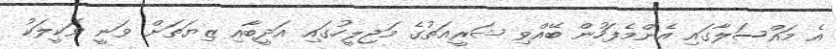
އެ މައްސަލާގައި އެންމެފަހުން ބޭއްވި ޝަރީއަތުގެ މަޖިލީހުގައި އަދީބާއި ޒިޔަތަށް ވަނީ ވަކީލަކު